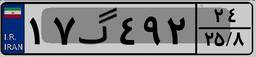
۱۷گ۴۹۲۲۴